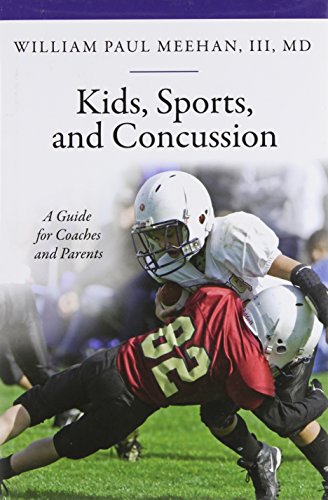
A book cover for Kids, Sports, and Concussion: A Guide for Coaches and Parents (Praeger Series on Contemporary Health & Living); William P. Meehan; Sports & Outdoors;